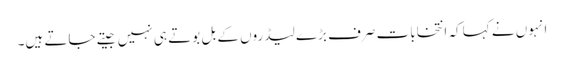
انہوں نے کہا کہ انتخابات صرف بڑے لیڈروں کے بل بوتے ہی نہیں جیتے جاتے ہیں۔